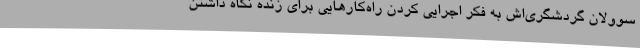
سوولان گردشگری‌اش به فکر اجرایی کردن راه‌کارهایی برای زنده نگاه داشتن